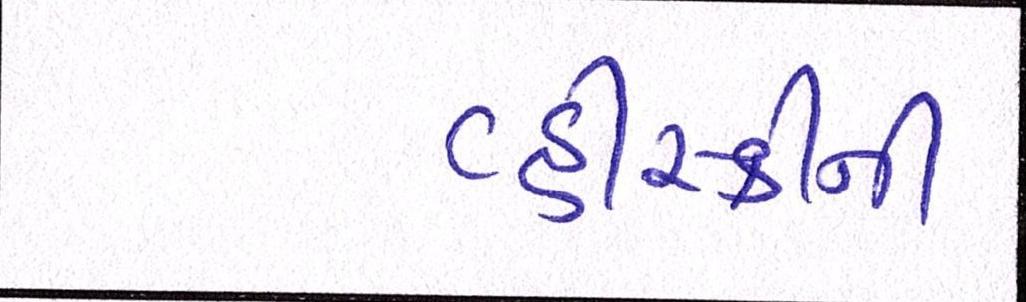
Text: વ્હીસ્કીની